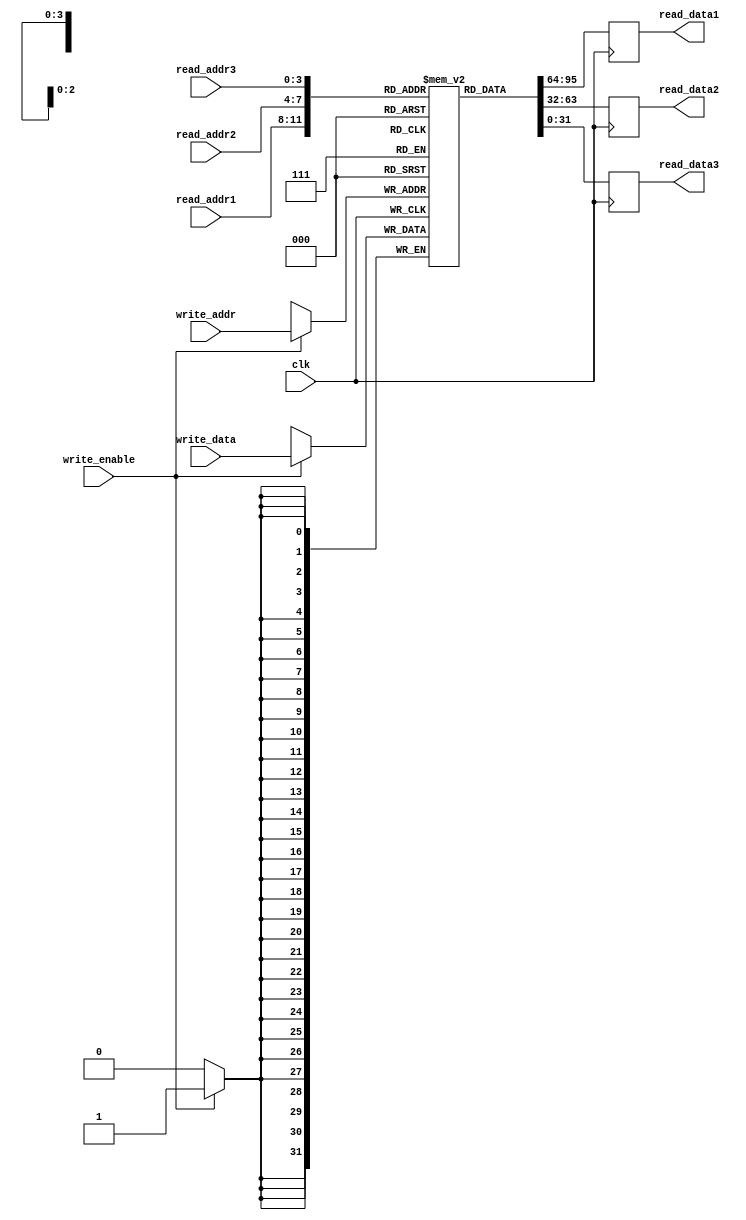
module triple_port_register_file(
    input wire clk,
    input wire [3:0] read_addr1,
    input wire [3:0] read_addr2,
    input wire [3:0] read_addr3,
    input wire [3:0] write_addr,
    input wire [31:0] write_data,
    input wire write_enable,
    output reg [31:0] read_data1,
    output reg [31:0] read_data2,
    output reg [31:0] read_data3
);

reg [31:0] memory [0:15]; // 16 memory blocks

always @ (posedge clk) begin
    if (write_enable) begin
        memory[write_addr] <= write_data;
    end
    read_data1 <= memory[read_addr1];
    read_data2 <= memory[read_addr2];
    read_data3 <= memory[read_addr3];
end

endmodule